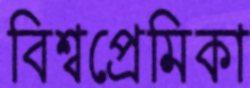
বিশ্বপ্রেমিকা